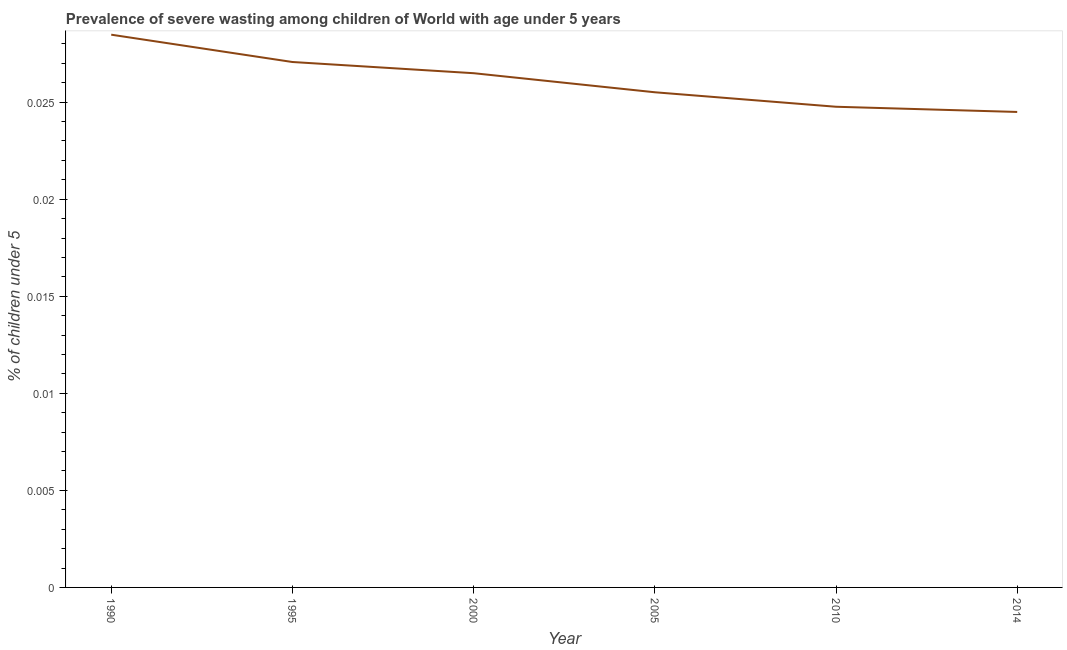
| Year | Prevalence of severe wasting |
 | --- | --- |
 | 1990 | 0.0285 |
 | 1995 | 0.0271 |
 | 2000 | 0.0265 |
 | 2005 | 0.0255 |
 | 2010 | 0.0248 |
 | 2014 | 0.0245 |